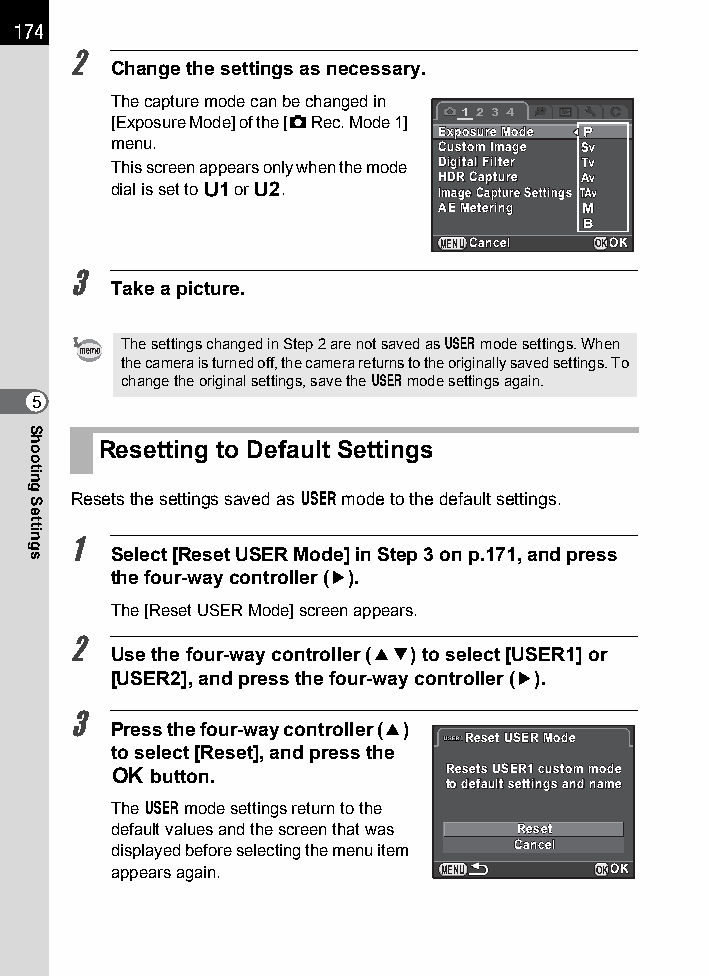
174
 2
 Change the settings as necessary.
 The capture mode can be changed in
 1 2 3 4
 [Exposure Mode] of the [A Rec. Mode 1]
 EExxppoossuurree MMooddee
 menu.                 CCuussttoomm IImmaaggee
 This screen appears only when the mode DDiiggiittaall FFiilltteerr
 HHDDRR CCaappttuurree
 dial is set to B or C. IImmaaggee CCaappttuurree SSeettttiinnggss
 AAEE MMeetteerriinngg
 MENUCCaanncceell OKOOKK
 3
 Take a picture.
 The settings changed in Step 2 are not saved as A mode settings. When
 the camera is turned off, the camera returns to the originally saved settings. To
 change the original settings, save the A mode settings again.
 5
 Resetting to Default Settings
 Resets the settings saved as A mode to the default settings.
 1
 Select [Reset USER Mode] in Step 3 on p.171, and press
 the four-way controller (5).
 The [Reset USER Mode] screen appears.
 2
 Use the four-way controller (23) to select [USER1] or
 [USER2], and press the four-way controller (5).
 3
 Press the four-way controller (2)
 RReesseett UUSSEERR MMooddee
 to select [Reset], and press the
 4  button.            RReesseettss UUSSEERR11 ccuussttoomm mmooddee
 ttoo ddeeffaauulltt sseettttiinnggss aanndd nnaammee
 The A mode settings return to the
 default values and the screen that was RReesseett
 displayed before selecting the menu item CCaanncceell
 appears again.        MENU      OKOOKK
 Shooting
 Settings